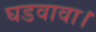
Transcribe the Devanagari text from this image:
घडवावा।